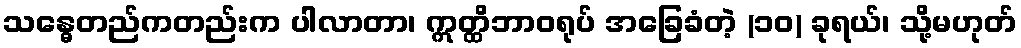
သန္ဓေတည်ကတည်းက ပါလာတာ၊ ဣတ္ထိဘာဝရုပ် အခြေခံတဲ့ (၁၀) ခုရယ်၊ သို့မဟုတ်